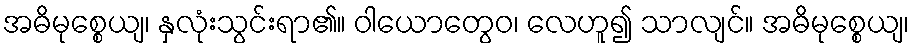
အဓိမုစ္စေယျ၊ နှလုံးသွင်းရာ၏။ ဝါယောတွေဝ၊ လေဟူ၍ သာလျင်။ အဓိမုစ္စေယျ၊